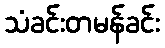
သံခင်းတမန်ခင်း